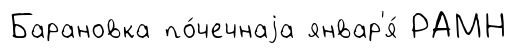
Барановка по́чечнаjа январ'я́ РАМН